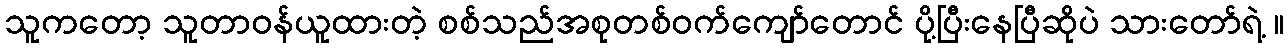
သူကတော့ သူတာဝန်ယူထားတဲ့ စစ်သည်အစုတစ်ဝက်ကျော်တောင် ပို့ပြီးနေပြီဆိုပဲ သားတော်ရဲ့ ။